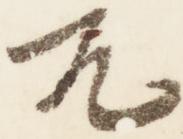
兀